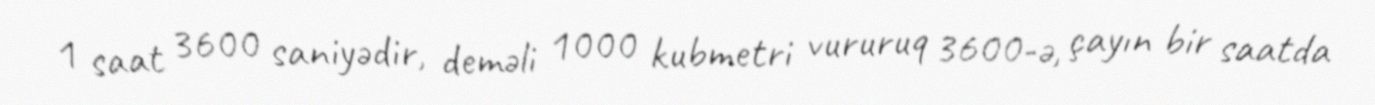
1 saat 3600 saniyədir, deməli 1000 kubmetri vururuq 3600-ə, çayın bir saatda